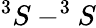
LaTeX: ^{3}S-^{3}S